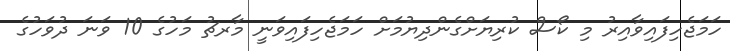
ހަމަޖެހިފައިވާއިރު މި ކޯސް ކުރިޔަށްގެންދިޔުމަށް ހަމަޖެހިފައިވަނީ މާރޗު މަހުގެ 10 ވަނަ ދުވަހުގެ